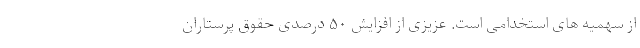
از سهمیه های استخدامی است. عزیزی از افزایش ۵۰ درصدی حقوق پرستاران